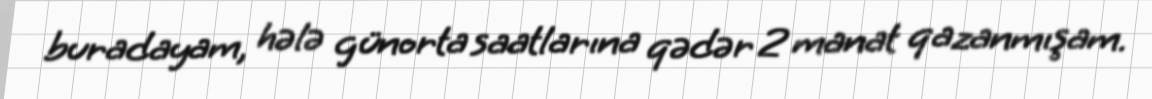
buradayam, hələ günorta saatlarına qədər 2 manat qazanmışam.